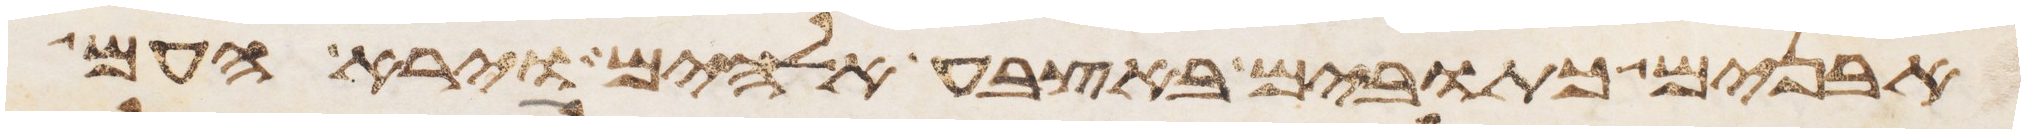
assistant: אבנים כתובים באצבע אלהים וירא העם